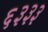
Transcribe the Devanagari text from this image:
६३३३